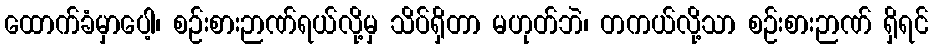
ထောက်ခံမှာပေါ့၊ စဉ်းစားဉာဏ်ရယ်လို့မှ သိပ်ရှိတာ မဟုတ်ဘဲ၊ တကယ်လို့သာ စဉ်းစားဉာဏ် ရှိရင်